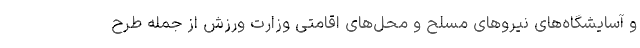
و آسایشگاه‌های نیروهای مسلح و محل‌های اقامتی وزارت ورزش از جمله طرح